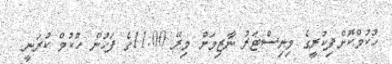
ހުކުމްކޮށްފިކުރީގެ މިނިސްޓަރު ނާޒިމަށް މިރޭ 11:00ގެ ފަހުން ހުކުމް ކުރަނީ